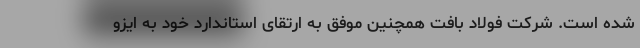
شده است. شرکت فولاد بافت همچنین موفق به ارتقای استاندارد خود به ایزو